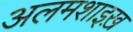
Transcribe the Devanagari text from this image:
अलमशाइख़